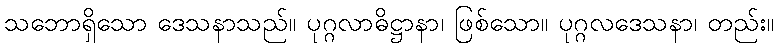
သဘောရှိသော ဒေသနာသည်။ ပုဂ္ဂလာဓိဋ္ဌာနာ၊ ဖြစ်သော။ ပုဂ္ဂလဒေသနာ၊ တည်း။